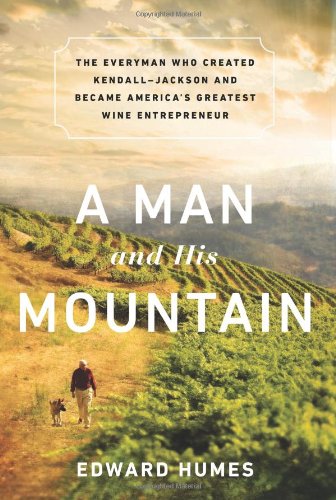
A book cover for A Man and his Mountain: The Everyman who Created Kendall-Jackson and Became AmericaEEs Greatest Wine Entrepreneur; Edward Humes; Cookbooks, Food & Wine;